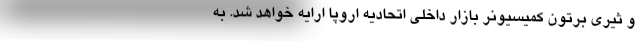
و ثیری برتون کمیسیونر بازار داخلی اتحادیه اروپا ارایه خواهد شد. به